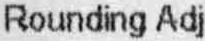
ROUNDING ADJ